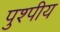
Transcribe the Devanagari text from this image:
पुश्पीय